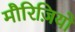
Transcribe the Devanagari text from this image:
मौरिज़ियो